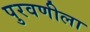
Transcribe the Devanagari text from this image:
पुरवणीला